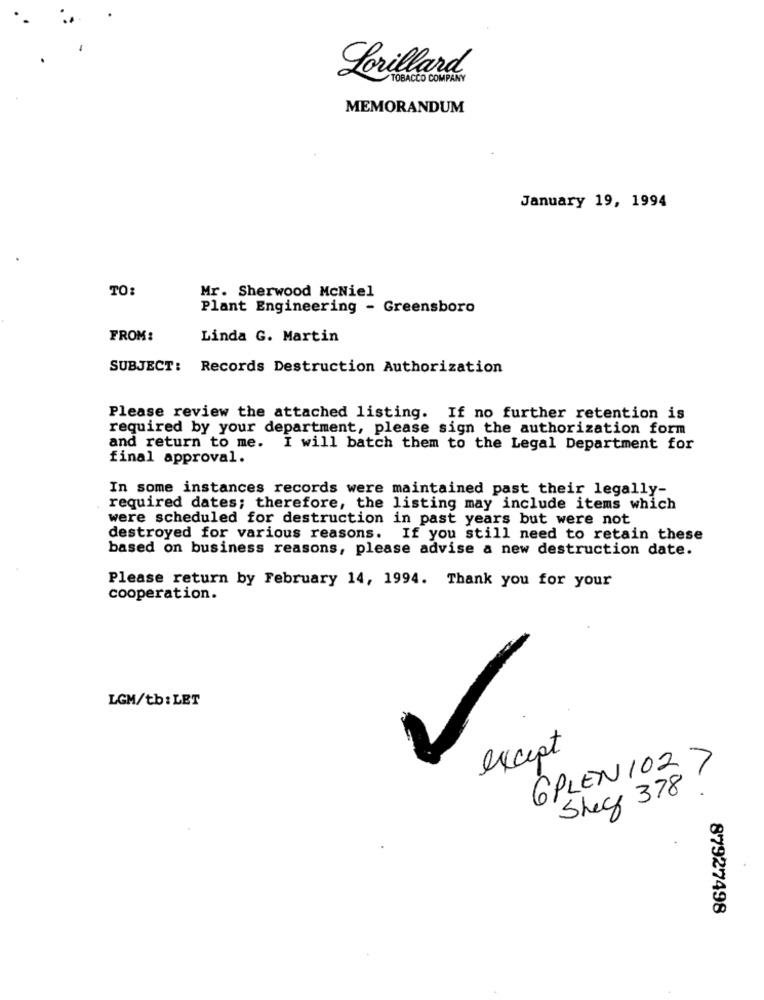
Lorillard
TOBACCO COMPANY
MEMORANDUM
January 19, 1994
TO:
Mr. Sherwood McNiel
Plant Engineering - Greensboro
FROM:
Linda G. Martin
SUBJECT: Records Destruction Authorization
Please review the attached listing. If no further retention is
required by your department, please sign the authorization form
and return to me. I will batch them to the Legal Department for
final approval.
In some instances records were maintained past their legally-
required dates; therefore, the listing may include items which
were scheduled for destruction in past years but were not
destroyed for various reasons. If you still need to retain these
based on business reasons, please advise a new destruction date.
Please return by February 14, 1994. Thank you for your
cooperation.
LGM/tb: LET
except
GPLEN102 7
Shey 378!
87927498